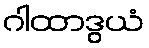
ဂါထာဒွယံ